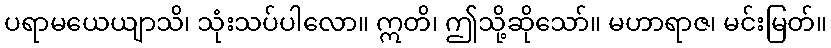
ပရာမယေယျာသိ၊ သုံးသပ်ပါလော။ ဣတိ၊ ဤသို့ဆိုသော်။ မဟာရာဇ၊ မင်းမြတ်။